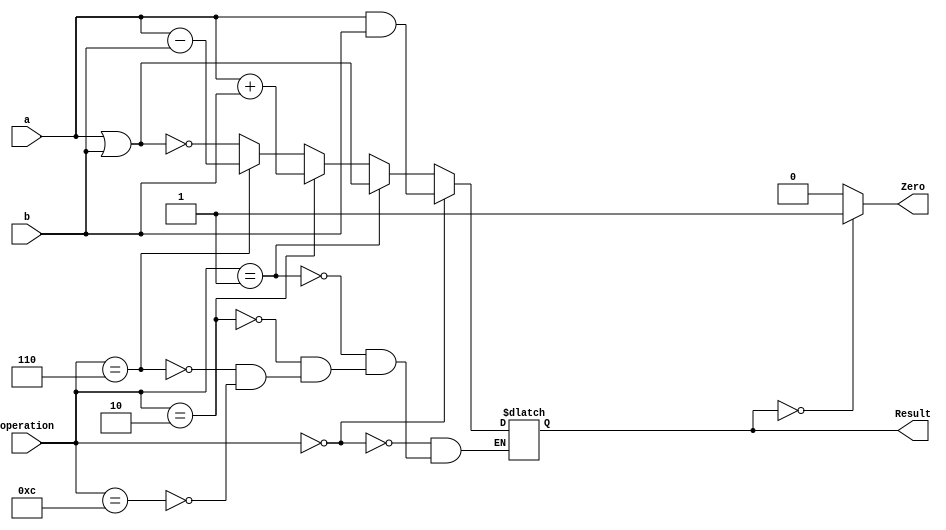
module ALU_64_Bit 
(
input [63:0] a, b, 
input [3:0] operation,
output reg [63:0] Result,
output reg Zero
);


always @ (a or b or operation)
	begin
	  if (operation[3:0] == 4'b0000)
	    begin
	      Result <= (a & b);
	    end
	  else
	    if (operation == 4'b0001)
		    Result <= (a | b);
	    else
	      if (operation == 4'b0010)
	          Result <= (a + b);
	      else
	        if (operation == 4'b0110)
	            Result <= (a - b);
	        else
	          if (operation == 4'b1100)
	              Result <= (~(a | b));
	end

always @ (Result)
	begin
		if (Result == 64'b0)
	      	Zero <= 1'b1;
	      else
	      	Zero <= 1'b0;  
	end
endmodule